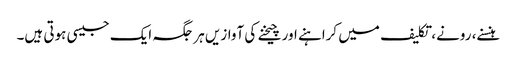
ہنسنے، رونے، تکلیف میں کراہنے اور چیخنے کی آوازیں ہر جگہ ایک جیسی ہوتی ہیں۔